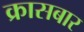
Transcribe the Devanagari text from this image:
क्रासबार